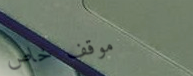
موقف خاص